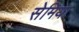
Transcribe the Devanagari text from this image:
सेमिया